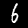
Label: 6